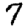
Digit: 7